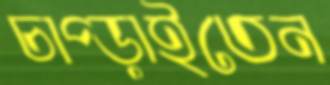
চাপ্‌ড়াইতেন